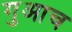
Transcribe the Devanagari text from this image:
गुआच